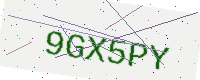
Text: 9GX5PY